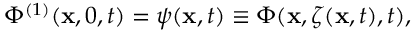
\Phi ^ { ( 1 ) } ( \mathbf { x } , 0 , t ) = \psi ( \mathbf { x } , t ) \equiv \Phi ( \mathbf { x } , \zeta ( \mathbf { x } , t ) , t ) ,